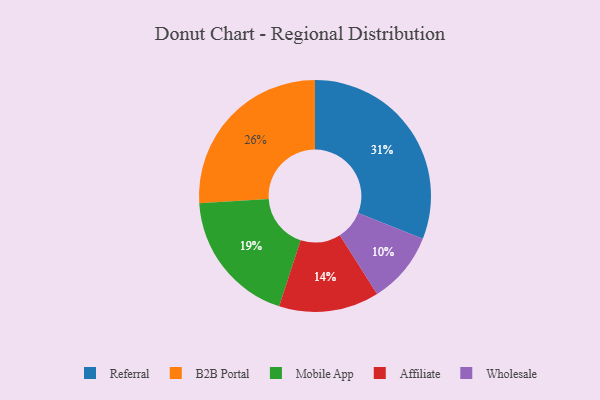
{"axis": {"x": "Category", "y": "Percentage"}, "legend": ["Affiliate", "B2B Portal", "Mobile App", "Referral", "Wholesale"], "data": [{"x": "Wholesale", "y": 10, "type": "Wholesale"}, {"x": "Referral", "y": 31, "type": "Referral"}, {"x": "Mobile App", "y": 19, "type": "Mobile App"}, {"x": "B2B Portal", "y": 26, "type": "B2B Portal"}, {"x": "Affiliate", "y": 14, "type": "Affiliate"}]}